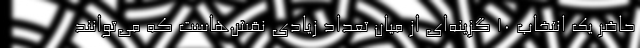
حاضر یک انتخاب 10 گزینه‌ای از میان تعداد زیادی نقش‌هاست که می‌توانند